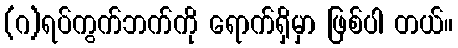
(ဂ)ရပ်ကွက်ဘက်ကို ရောက်ရှိမှာ ဖြစ်ပါ တယ်။